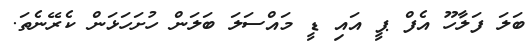
ބަލަ ފަލާހޫ އެފް ޕީ އައި ޑީ މައްސަލަ ބަަލަން ހުށަހަޅަން ކެރޭނެތަ.